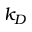
k _ { D }